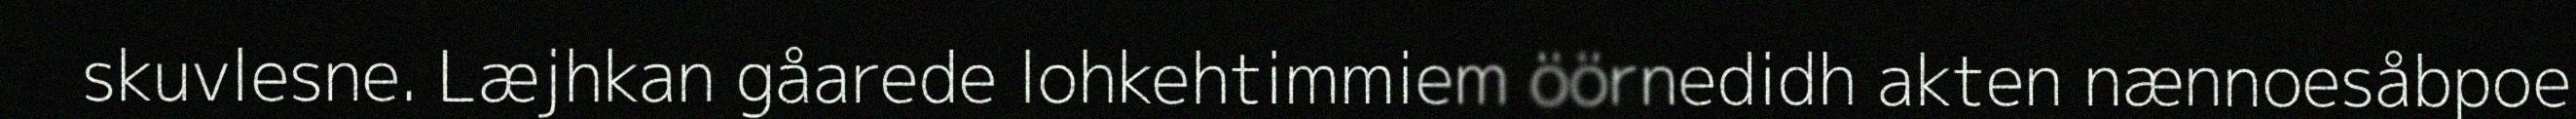
skuvlesne. Læjhkan gåarede lohkehtimmiem öörnedidh akten nænnoesåbpoe